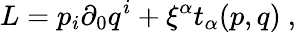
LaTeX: L=p_{i}\partial_{0}q^{i}+\xi^{\alpha}t_{\alpha}(p,q)\ ,